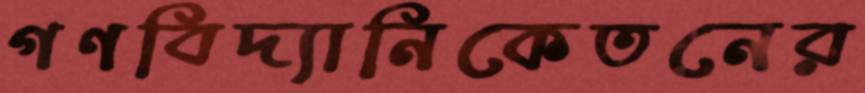
গণবিদ্যানিকেতনের